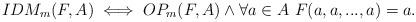
LaTeX: \begin{align*} &IDM_m(F,A) \iff OP_m(F,A) \wedge \forall a\in A \,\, F(a,a,...,a)=a. \end{align*}